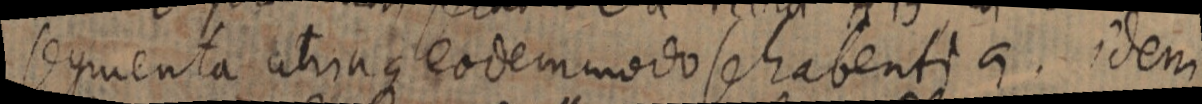
segmenta utriaque eodem modo se habentia. idem